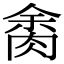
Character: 𦛝